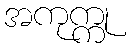
အကုက္ကု